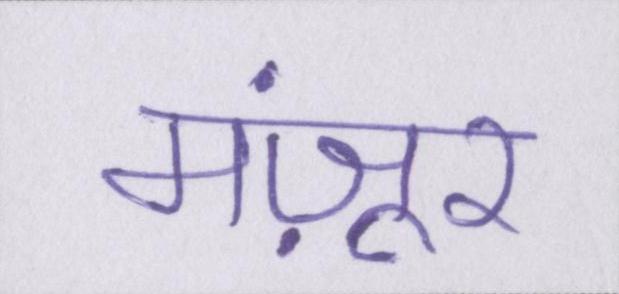
मंज़ूर